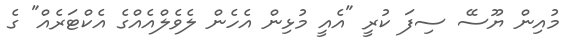
މުއިން ޔޫސޭ ސިފަ ކުރީ "އެއީ މުޅިން އެހެން ލެވެލްއެއްގެ އެކްޓަރެއް" ގެ